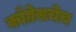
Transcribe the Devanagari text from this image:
काँग्रेसचेच